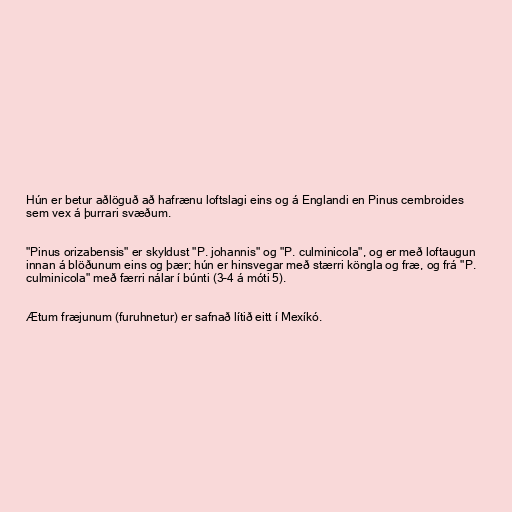
Hún er betur aðlöguð að hafrænu loftslagi eins og á Englandi en Pinus cembroides
sem vex á þurrari svæðum.

"Pinus orizabensis" er skyldust "P. johannis" og "P. culminicola", og er með loftaugun
innan á blöðunum eins og þær; hún er hinsvegar með stærri köngla og fræ, og frá "P.
culminicola" með færri nálar í búnti (3–4 á móti 5).

Ætum fræjunum (furuhnetur) er safnað lítið eitt í Mexíkó.